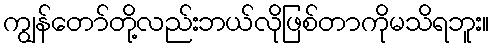
ကျွန်တော်တို့လည်းဘယ်လိုဖြစ်တာကိုမသိရဘူး။